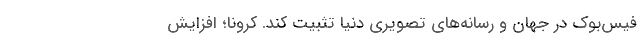
فیس‌بوک در جهان و رسانه‌های تصویری دنیا تثبیت کند. کرونا؛ افزایش